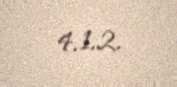
4.1.2.